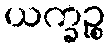
ယက္ခဉ္စ